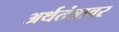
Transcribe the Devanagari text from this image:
अर्थतंत्रावर